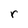
Character: r